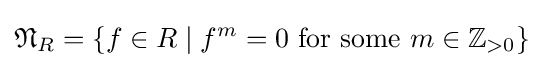
{\mathfrak {N}}_{R}=\lbrace f\in R\mid f^{m}=0{\text{ for some }}m\in \mathbb {Z} _{>0}\rbrace